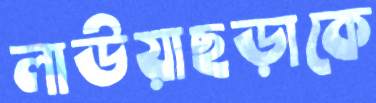
লাউয়াছড়াকে